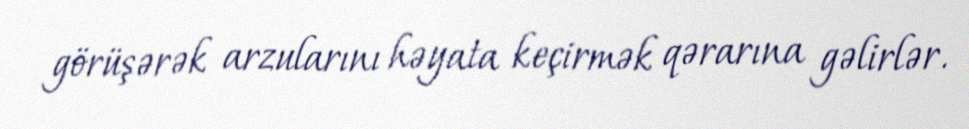
görüşərək arzularını həyata keçirmək qərarına gəlirlər.